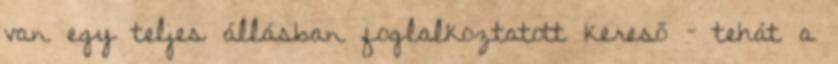
van egy teljes állásban foglalkoztatott kereső – tehát a